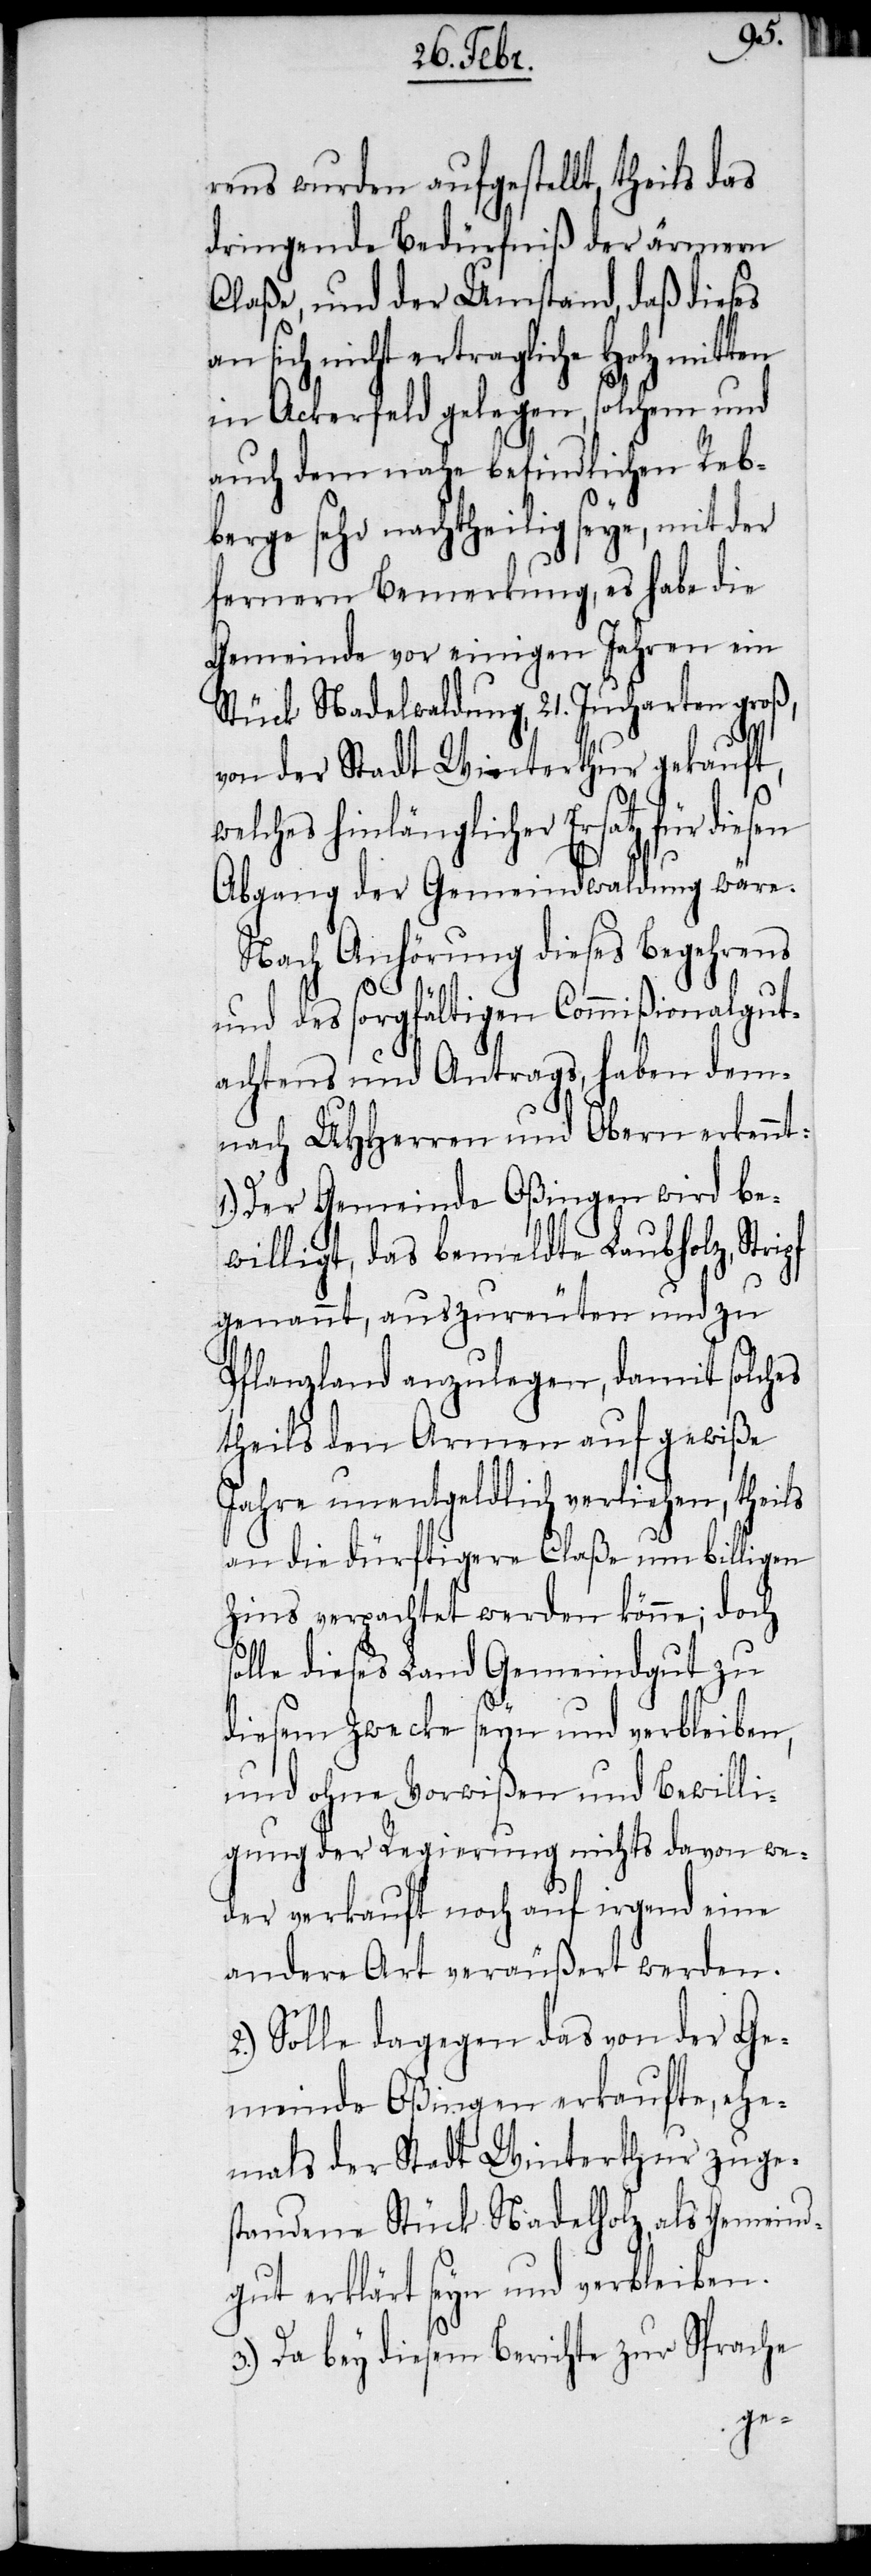
rens wurden aufgestellt, theils das
dringende Bedürfniß der ärmern
Claße, und der Umstand, daß dieses
n sich nicht ertragliche Holz mit¬
in Ackerfeld gelegen, solchem und
auch dem nahe befindlichen Reb¬
berge sehr nachtheilig seye, mit der
fernern Bemerkung, es habe die
Gemeinde vor einigen Jahren ein
Stück Nadelwaldung, 21. Jucharten groß,
von der Stadt Winterthur gekauft,
welches hinlänglicher Ersatz für diesen
Abgang der Gemeindwaldung wäre.
Nach Anhörung dieses Begehrens
2.)
und des sorgfältigen Commißionalgut¬
achtens und Antrags, haben dem¬
nach UHHerren und Obern erkennt:
Der Gemeinde Oßingen wird be¬
willigt, das bemeldte Laubholz, Stri¬
genannt, auszureuten und zu
Pflanzland anzulegen, damit solches
theils den Armen auf gewiße
Jahre unentgeldlich verliehen, theils
an die dürftigere Claße um billigen
Zins verpachtet werden könne; doch
olle dieses Land Gemeindgut zu
diesem Zwecke seyn und verbleiben,
und ohne Vorwißen und Bewilli¬
gung der Regierung nichts davon we¬
der verkauft noch auf irgend eine
andere Art veräußert werden.
Solle dagegen das von der Ge¬
meinde Oßingen erkaufte, ehe¬
mals der Stadt Winterthur zuges¬
tandene Stück Nadelholz, als Gemeind¬
gut erklärt seyn und verbleiben.
3.) Da bey diesem Berichte zur Sprache
ten